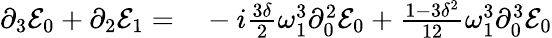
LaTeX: \begin{array}{rl}{\partial_{3}\mathcal{E}_{0}+\partial_{2}\mathcal{E}_{1}=}&{{}-i\frac{3\delta}{2}\omega_{1}^{3}\partial_{0}^{2}\mathcal{E}_{0}+\frac{1-3\delta^{2}}{12}\omega_{1}^{3}\partial_{0}^{3}\mathcal{E}_{0}}\end{array}